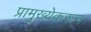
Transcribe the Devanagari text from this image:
प्रामुख्येकरून